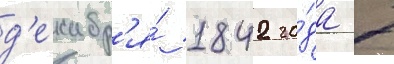
д'екабр'я́ 1842 го́да 7